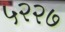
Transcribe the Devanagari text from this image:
५२२७